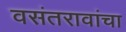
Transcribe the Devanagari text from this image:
वसंतरावांचा